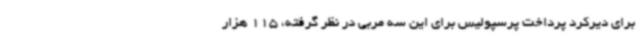
برای دیرکرد پرداخت پرسپولیس برای این سه مربی در نظر گرفته، 115 هزار